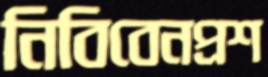
নিবিবেনপ্রশ